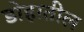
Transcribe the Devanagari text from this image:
डोहातील